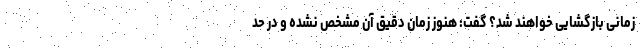
زمانی بازگشایی خواهند شد؟ گفت: هنوز زمان دقیق آن مشخص نشده و در حد